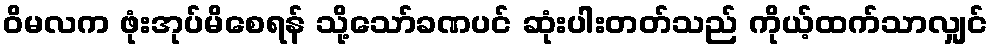
ဝိမလက ဖုံးအုပ်မိစေရန် သို့သော်ခဏပင် ဆုံးပါးတတ်သည် ကိုယ့်ထက်သာလျှင်